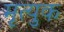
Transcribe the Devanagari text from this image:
मृत्युक